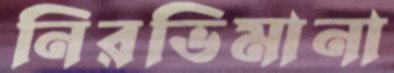
নিরভিমানা